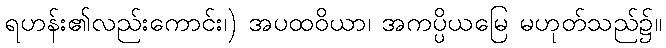
ရဟန်း၏လည်းကောင်း၊) အပထဝိယာ၊ အကပ္ပိယမြေ မဟုတ်သည်၌။